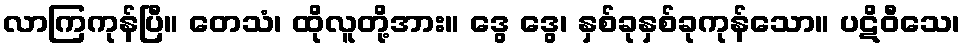
လာကြကုန်ပြီ။ တေသံ၊ ထိုလူတို့အား။ ဒွေ ဒွေ၊ နှစ်ခုနှစ်ခုကုန်သော။ ပဋိဝီသေ၊